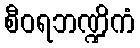
စီဝရဘဏ္ဍိကံ